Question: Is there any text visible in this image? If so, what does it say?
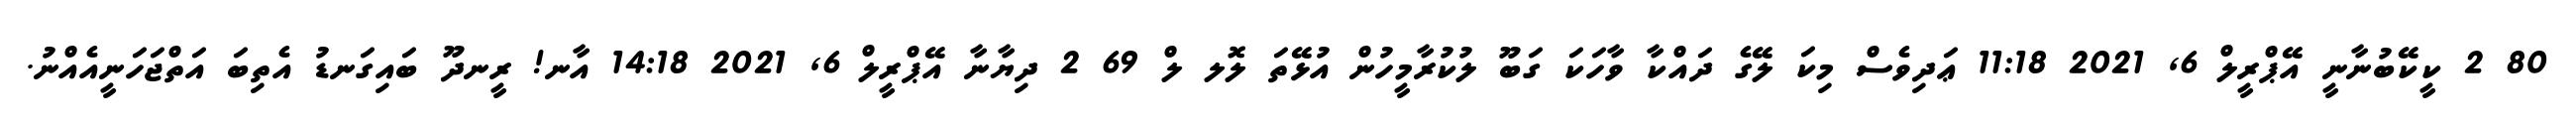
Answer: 80 2 ކީކޭބުނާނީ އޭޕްރީލް 6, 2021 11:18 ޢަދިވެސް މިކަ ލޭގެ ދައްކާ ވާހަކަ ގަބޫ ލުކުރާމީހުން އުޅޭތަ ލޮލ ލް 69 2 ދިޔާނާ އޭޕްރީލް 6, 2021 14:18 އާނ! ރީނދޫ ބައިގަނޑު އެތިބަ އަތްޖަހަނީއެއްނު.